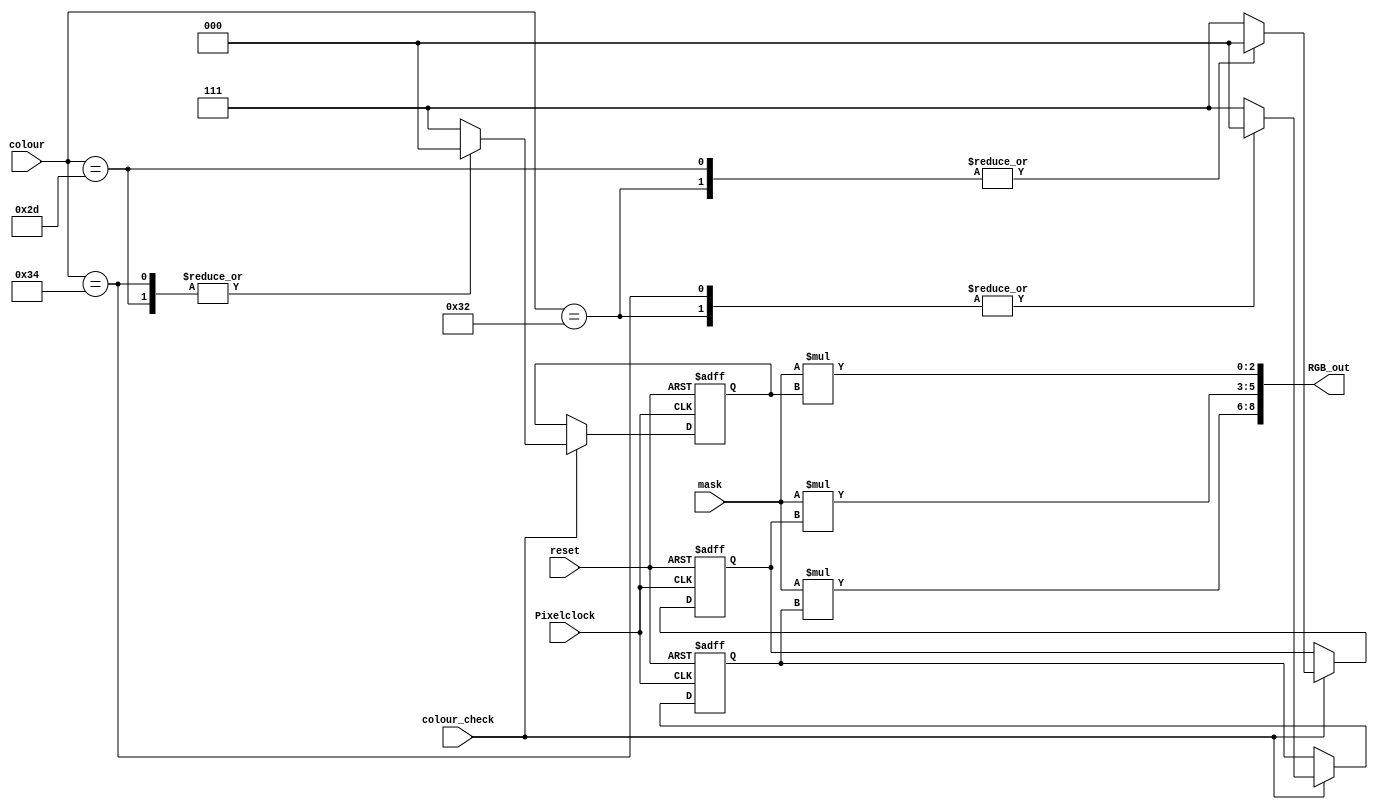
`timescale 1ns / 1ps
//////////////////////////////////////////////////////////////////////////////////
// Company: Univeristy of Patras
// 
// Design Name: 
// Module Name:    Colouriser 
// Project Name:   iTalos
//
//////////////////////////////////////////////////////////////////////////////////
module Colouriser(
	 input Pixelclock,
	 input reset,
	 input colour_check,
    input mask,
    input [7:0] colour,
	 output [8:0] RGB_out
    );
	 
	 reg [2:0] R,G,B;
	 
	 always @(posedge Pixelclock or posedge reset)
	 begin
		if (reset)
		begin 
			R = 3'b111;
			G = 3'b111;
			B = 3'b111;
		end 
		else if (colour_check)
		begin
			case (colour)
				8'h2d: //R
				begin 
					R = 3'b111;
					G = 3'b000;
					B = 3'b000;
				end
			
				8'h34: //G 
				begin 
					R = 3'b000;
					G = 3'b111;
					B = 3'b000;
				end
				
				8'h32: 
				begin //B
					R = 3'b000;
					G = 3'b000;
					B = 3'b111;
				end
				
				8'h1d://W
				begin 
					R = 3'b111;
					G = 3'b111;
					B = 3'b111;
				end
				
				default:
				begin 
					R = 3'b111;
					G = 3'b111;
					B = 3'b111;
				end
				
			endcase
		end
	 end 
	 
	 assign RGB_out = {mask*R, mask*G, mask*B};
	 
	 endmodule